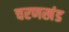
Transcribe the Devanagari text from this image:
चरणखंड